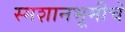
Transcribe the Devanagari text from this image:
स्मशानभूमीचे